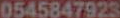
0545847923